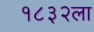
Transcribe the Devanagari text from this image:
१८३२ला